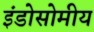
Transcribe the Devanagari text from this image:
इंडोसोमीय